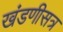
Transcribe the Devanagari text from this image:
खंडणीसत्र